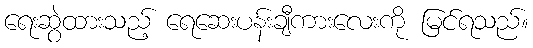
ရေးဆွဲထားသည့် ရေဆေးပန်းချီကားလေးကို မြင်ရသည်။